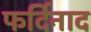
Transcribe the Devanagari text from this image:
फर्दिनाद